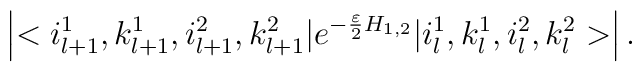
\left|<i_{l+1}^1, k_{l+1}^1, i_{l+1}^2, k_{l+1}^2|e^{- \frac{\varepsilon}{2} H_{1,2} }|i_{l}^1, k_{l}^1, i_{l}^2, k_{l}^2>\right|.